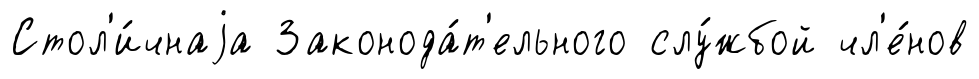
Стол'и́чнаjа Законода́т'ельного слу́жбой чл'е́нов